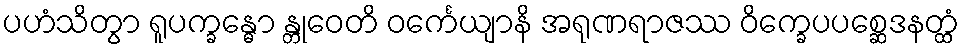
ပဟံသိတွာ ရူပက္ခန္ဓော န္တုဝေတိ ဝင်္ကေယျာနိ အရုဏရာဇဿ ဝိက္ခေပပစ္ဆေဒနတ္ထံ